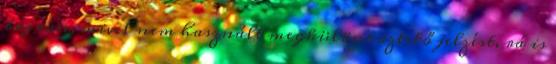
baj van, mivel nem használt megkülönböztető jelzést, rá is